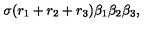
\sigma ( r _ { 1 } + r _ { 2 } + r _ { 3 } ) { \beta } _ { 1 } { \beta } _ { 2 } { \beta } _ { 3 } ,